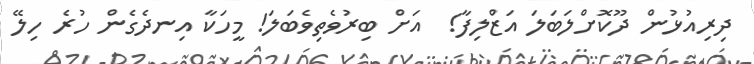
ދިރިއުޅުން ދޫކޮށްލަބަލަ އަޒްލިފާ!  އަށް ބިރުވެތިވެބަލަ! މީހަކާ އިނދެގެން ހުރެ ހިލޭ